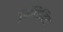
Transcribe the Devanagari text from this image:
पूर्वलिखित